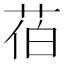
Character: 𦯉